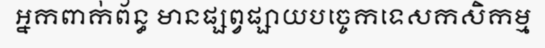
អ្នកពាក់ព័ន្ធ មានផ្សព្វផ្សាយបច្ចេកទេសកសិកម្ម